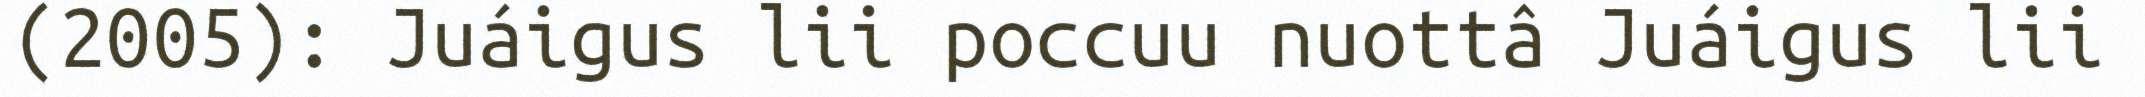
(2005): Juáigus lii poccuu nuottâ Juáigus lii